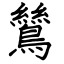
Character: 鷥